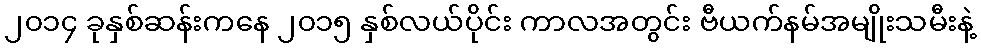
၂၀၁၄ ခုနှစ်ဆန်းကနေ ၂၀၁၅ နှစ်လယ်ပိုင်း ကာလအတွင်း ဗီယက်နမ်အမျိုးသမီးနဲ့